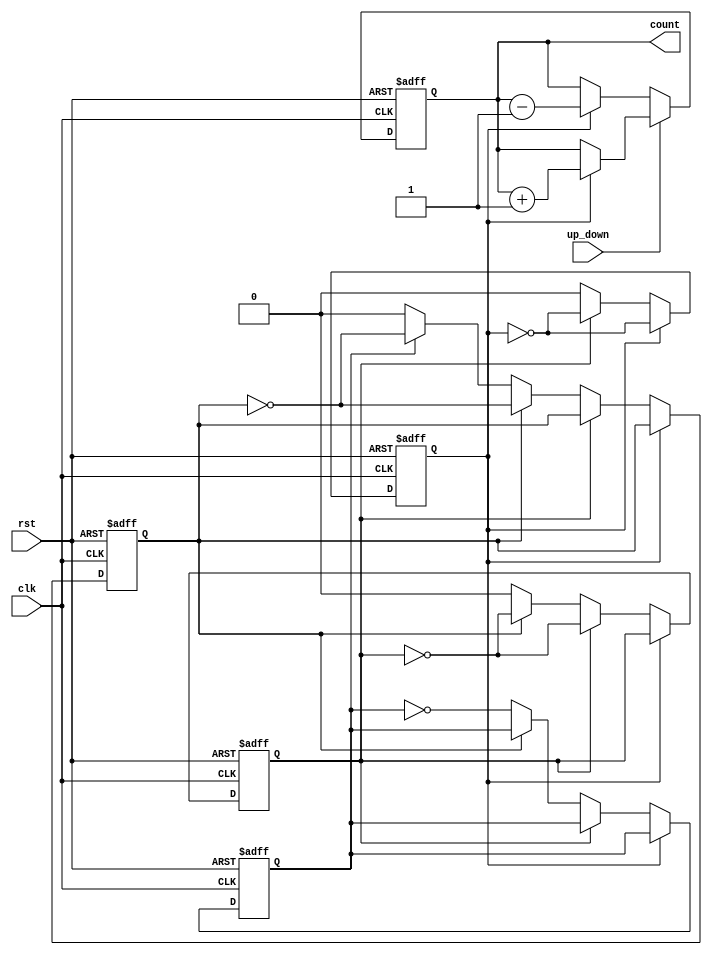

module up_down_counter (
    input clk,
    input rst,
    input up_down,
    output reg [3:0] count
);

reg t1, t2, t3, t4;

always @(posedge clk or posedge rst) begin
    if (rst) begin
        count <= 4'b0000;
        t1 <= 1'b0;
        t2 <= 1'b0;
        t3 <= 1'b0;
        t4 <= 1'b0;
    end
    else begin
        if (up_down) begin // Up counter
            if (t1) begin
                count <= count + 1;
                t1 <= ~t1;
            end
            else if (t2) begin
                t1 <= ~t1;
                t2 <= ~t2;
            end
            else if (t3) begin
                t2 <= ~t2;
                t3 <= ~t3;
            end
            else if (t4) begin
                t3 <= ~t3;
                t4 <= ~t4;
            end
            else begin
                t4 <= ~t4;
            end
        end
        else begin // Down counter
            if (t1) begin
                count <= count - 1;
                t1 <= ~t1;
            end
            else if (t2) begin
                t1 <= ~t1;
                t2 <= ~t2;
            end
            else if (t3) begin
                t2 <= ~t2;
                t3 <= ~t3;
            end
            else if (t4) begin
                t3 <= ~t3;
                t4 <= ~t4;
            end
            else begin
                t4 <= ~t4;
            end
        end
    end
end

endmodule